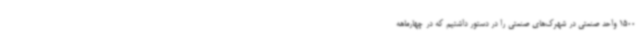
1500 واحد صنعتی در شهرک‌های صنعتی را در دستور داشتیم که در چهارماهه